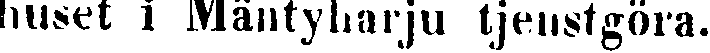
huset i Mäntyharju tjenstgöra.